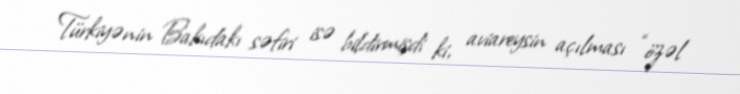
Türkiyənin Bakıdakı səfiri isə bildirmişdi ki, aviareysin açılması “özəl